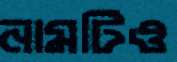
নামটিও